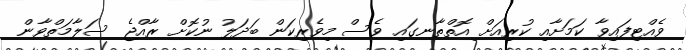
ވެއްޓިފައިވާ ކަމަށާއި ކުރިއަށް އޮތްތާނގައި ވެސް މިވެރިކަން ބަދަލު ނުކޮށް ރާއްޖެ ސަލާމަތްވާން